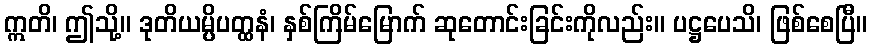
ဣတိ၊ ဤသို့။ ဒုတိယမ္ပိပတ္ထနံ၊ နှစ်ကြိမ်မြောက် ဆုတောင်းခြင်းကိုလည်း။ ပဋ္ဌပေသိ၊ ဖြစ်စေပြီ။